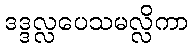
ဒဒ္ဒလ္လပေသမလ္လိကာ